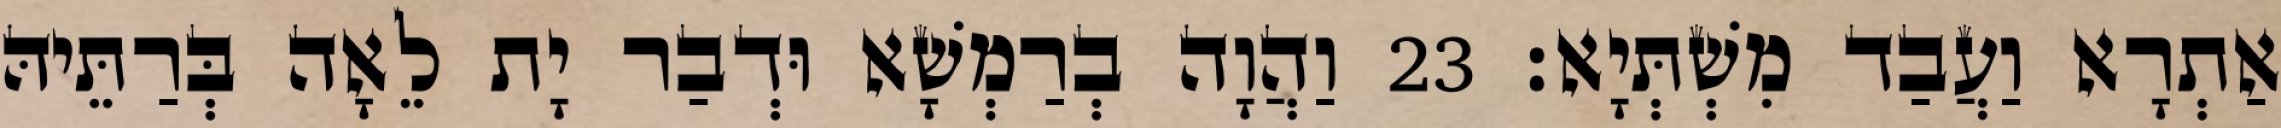
אַתְרָא וַעֲבַד מִשְׁתְּיָא׃ 23 וַהֲוָה בְרַמְשָׁא וּדְבַר יָת לֵאָה בְּרַתֵּיהּ